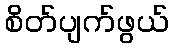
စိတ်ပျက်ဖွယ်